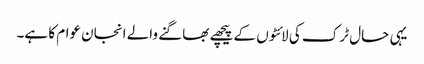
یہی حال ٹرک کی لائٹوں کے پیچھے بھاگنے والے انجان عوام کا ہے۔